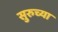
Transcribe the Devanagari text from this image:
सुरुच्या